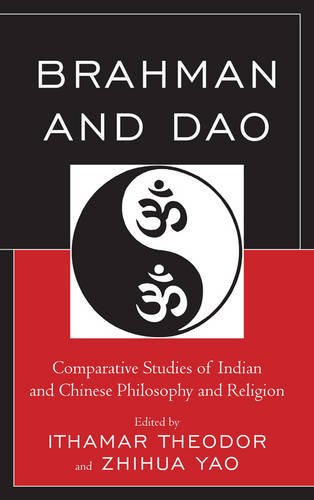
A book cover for Brahman and Dao: Comparative Studies of Indian and Chinese Philosophy and Religion (Studies in Comparative Philosophy and Religion); Politics & Social Sciences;